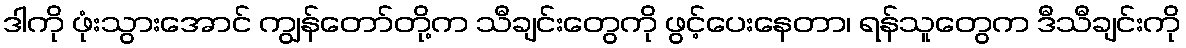
ဒါကို ဖုံးသွားအောင် ကျွန်တော်တို့က သီချင်းတွေကို ဖွင့်ပေးနေတာ၊ ရန်သူတွေက ဒီသီချင်းကို